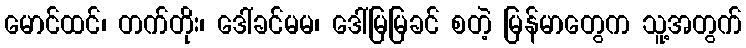
မောင်ထင်၊ တက်တိုး၊ ဒေါ်ခင်မမ၊ ဒေါ်မြမြခင် စတဲ့ မြန်မာတွေက သူ့အတွက်